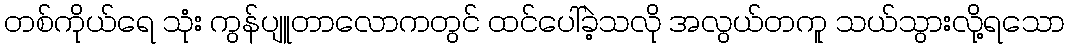
တစ်ကိုယ်ရေ သုံး ကွန်ပျူတာလောကတွင် ထင်ပေါ်ခဲ့သလို အလွယ်တကူ သယ်သွားလို့ရသော